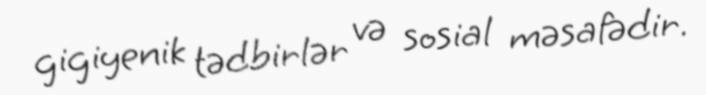
gigiyenik tədbirlər və sosial məsafədir.